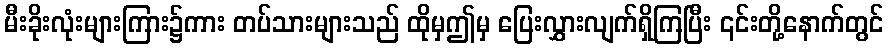
မီးခိုးလုံးများကြား၌ကား တပ်သားများသည် ထိုမှဤမှ ပြေးလွှားလျက်ရှိကြပြီး ၎င်းတို့နောက်တွင်